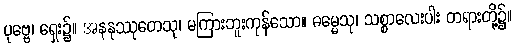
ပုဗ္ဗေ၊ ရှေး၌။ အနနုဿုတေသု၊ မကြားဘူးကုန်သော။ ဓမ္မေသု၊ သစ္စာလေးပါး တရားတို့၌။